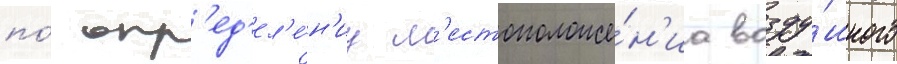
по́ опр'ед'ел'е́н'иу м'естоположе́н'иа возду́шного